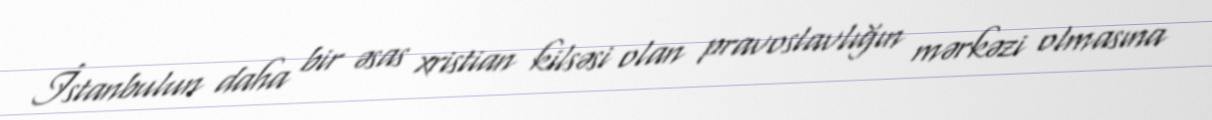
İstanbulun daha bir əsas xristian kilsəsi olan pravoslavlığın mərkəzi olmasına